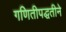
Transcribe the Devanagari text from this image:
गणितीपद्धतीने